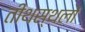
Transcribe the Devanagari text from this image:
तीथस्थलों